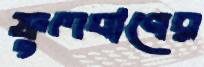
ফুলবাণের